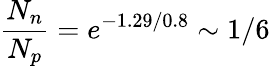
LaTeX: \frac{N_{n}}{N_{p}}=e^{-1.29/0.8}\sim 1/6